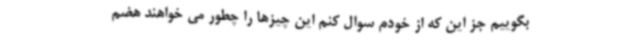
بگوییم جز این که از خودم سوال کنم این چیزها را چطور می خواهند هضم